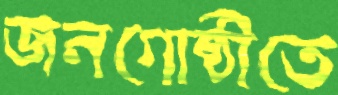
জনগোষ্ঠীতে